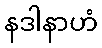
နဒါနာဟံ